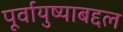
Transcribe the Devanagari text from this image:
पूर्वायुष्याबद्दल